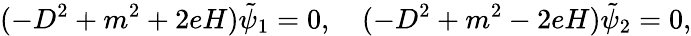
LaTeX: (-D^{2}+m^{2}+2eH)\tilde{\psi}_{1}=0,\quad(-D^{2}+m^{2}-2eH)\tilde{\psi}_{2}=0,